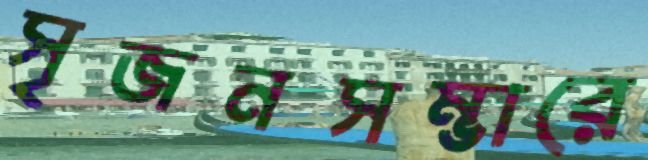
সৃজনসম্ভারে